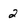
Character: 2